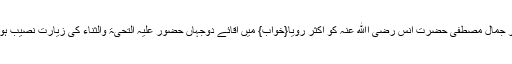
اسیر جمال مصطفی حضرت انس رضی اﷲ عنہ کو اکثر رؤیا{خواب} میں آقائے دوجہاں حضور علیہ التحیۃ والثناء کی زیارت نصیب ہوتی۔